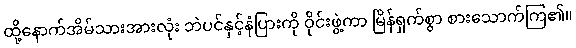
ထို့နောက်အိမ်သားအားလုံး ဘဲပင်နှင့်နံပြားကို ဝိုင်းဖွဲ့ကာ မြိန်ရှက်စွာ စားသောက်ကြ၏။